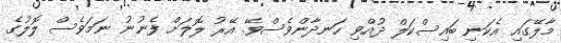
މާލޭގައި އެކަނި ބައިސްކަލް ދުއްވި ހަނދާންވެސްވޭ. އޭރު ލޮލަށް ފެނުނު ނަމަވެސް ލޮލުގެ